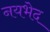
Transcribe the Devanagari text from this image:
नयभेद